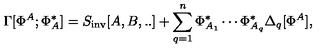
\Gamma [ \Phi ^ { A } ; \Phi _ { A } ^ { * } ] = S _ { \mathrm { i n v } } [ A , B , . . ] + \sum _ { q = 1 } ^ { n } \Phi _ { A _ { 1 } } ^ { * } \cdots \Phi _ { A _ { q } } ^ { * } \Delta _ { q } [ \Phi ^ { A } ] ,